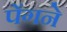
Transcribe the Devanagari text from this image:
पेंगने